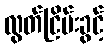
လွတ်ငြိမ်းခွင့်